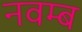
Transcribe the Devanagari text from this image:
नवम्ब